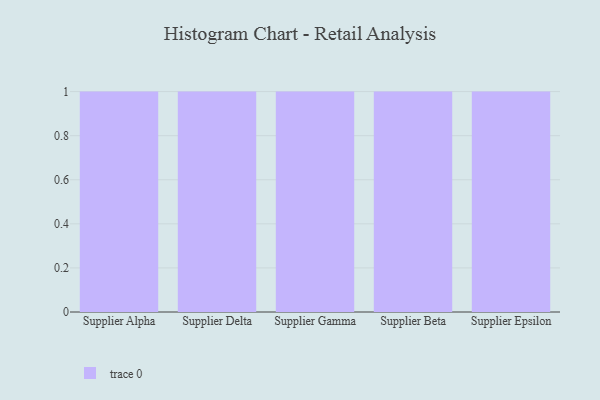
{"axis": {"x": "Supplier", "y": "Inventory Turnover"}, "legend": [""], "data": [{"x": "Supplier Alpha", "y": 75, "type": ""}, {"x": "Supplier Delta", "y": 89, "type": ""}, {"x": "Supplier Gamma", "y": 28, "type": ""}, {"x": "Supplier Beta", "y": 52, "type": ""}, {"x": "Supplier Epsilon", "y": 4, "type": ""}]}